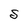
Character: S